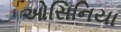
ઓસિનિયા